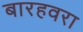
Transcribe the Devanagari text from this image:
बारहवरा